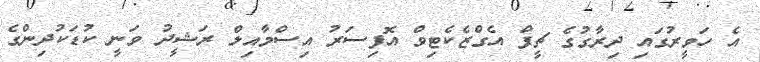
އެ ހަވީރުގައި ދިރާގުގެ ޗީފް އެގްޒެކެޓިވް އޮފިސަރު އިސްމާއިލް ރަޝީދު ވަނީ ކުޑަކުދިންގެ